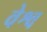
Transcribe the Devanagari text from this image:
वेश्व